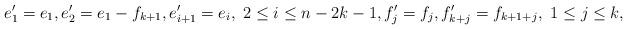
LaTeX: \begin{align*}e_1^\prime=e_1, e_2^\prime=e_1-f_{k+1}, e_{i+1}^\prime=e_{i}, \ 2\leq i\leq n-2k-1,f_{j}^\prime=f_{j}, f_{k+j}^\prime=f_{k+1+j}, \ 1\leq j\leq k,\end{align*}